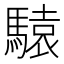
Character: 𲋽